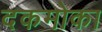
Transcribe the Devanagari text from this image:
दकमोका